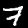
Label: 7